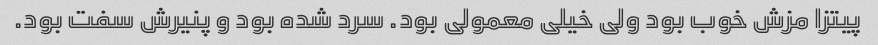
پیتزا مزش خوب بود ولی خیلی معمولی بود. سرد شده بود و پنیرش سفت بود.